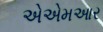
એએમઆર